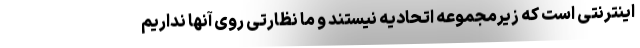
اینترنتی است که زیرمجموعه اتحادیه نیستند و ما نظارتی روی آنها نداریم